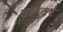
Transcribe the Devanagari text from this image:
शहजा़दे